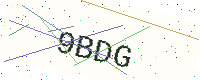
Text: 9BDG